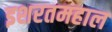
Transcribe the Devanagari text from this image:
इशरतमहाल